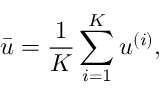
\bar { \boldsymbol { u } } = \frac { 1 } { K } \sum _ { i = 1 } ^ { K } \boldsymbol { u } ^ { ( i ) } ,